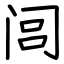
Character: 闾